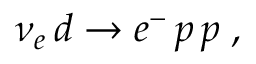
\nu _ { e } \, d \to e ^ { - } \, p \, p \; ,